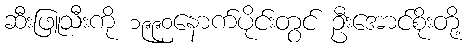
ဆီးဖြူသီးကို ၁၉၉၀နောက်ပိုင်းတွင် ဦးအောင်စိုးတို့